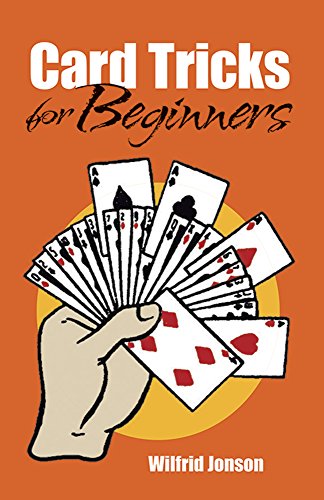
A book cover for Card Tricks for Beginners (Dover Magic Books); Wilfrid Jonson; Humor & Entertainment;